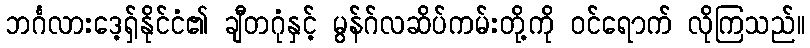
ဘင်္ဂလားဒေ့ရှ်နိုင်ငံ၏ ချီတဂုံနှင့် မွန်ဂ်လဆိပ်ကမ်းတို့ကို ဝင်ရောက် လိုကြသည်။